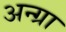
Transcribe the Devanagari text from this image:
अन्ग्रा